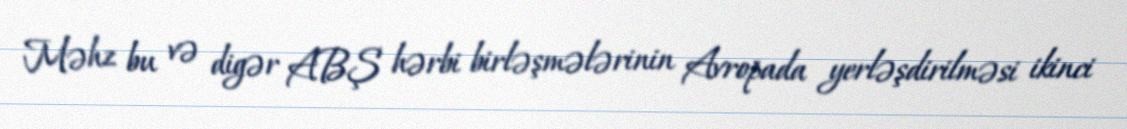
Məhz bu və digər ABŞ hərbi birləşmələrinin Avropada yerləşdirilməsi ikinci